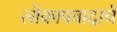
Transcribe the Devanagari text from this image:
लोकापवादाचें